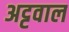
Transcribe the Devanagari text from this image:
अट्टवाल